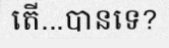
តើ...បានទេ?